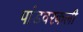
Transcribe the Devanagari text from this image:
पांडवरकली